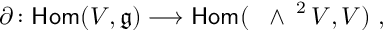
\partial \colon { \mathsf { H o m } } ( V , \mathfrak { g } ) \longrightarrow { \mathsf { H o m } } ( \mathrm { ~ \Large ~ \wedge ~ } ^ { 2 } \, V , V ) \ ,